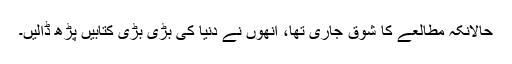
حالانکہ مطالعے کا شوق جاری تھا، انھوں نے دنیا کی بڑی بڑی کتابیں پڑھ ڈالیں۔